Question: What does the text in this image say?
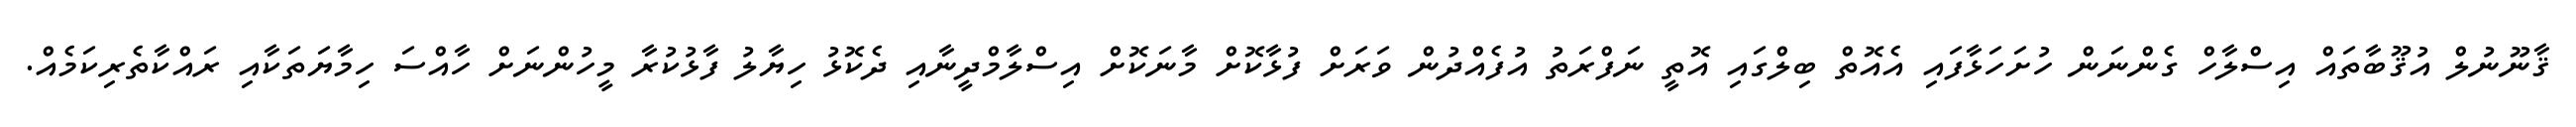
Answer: ޤާނޫނުލް އުޤޫބާތައް އިސްލާހް ގެންނަން ހުށަހަޅާފައި އެއޮތް ބިލްގައި އޮތީ ނަފްރަތު އުފެއްދުން ވަރަށް ފުޅާކޮށް މާނަކޮށް އިސްލާމްދީނާއި ދެކޮޅު ހިޔާލު ފާޅުކުރާ މީހުންނަށް ހާއްސަ ހިމާޔަތަކާއި ރައްކާތެރިކަމެއް.